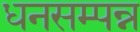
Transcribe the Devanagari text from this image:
धनसम्पन्न